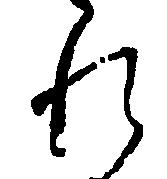
れ